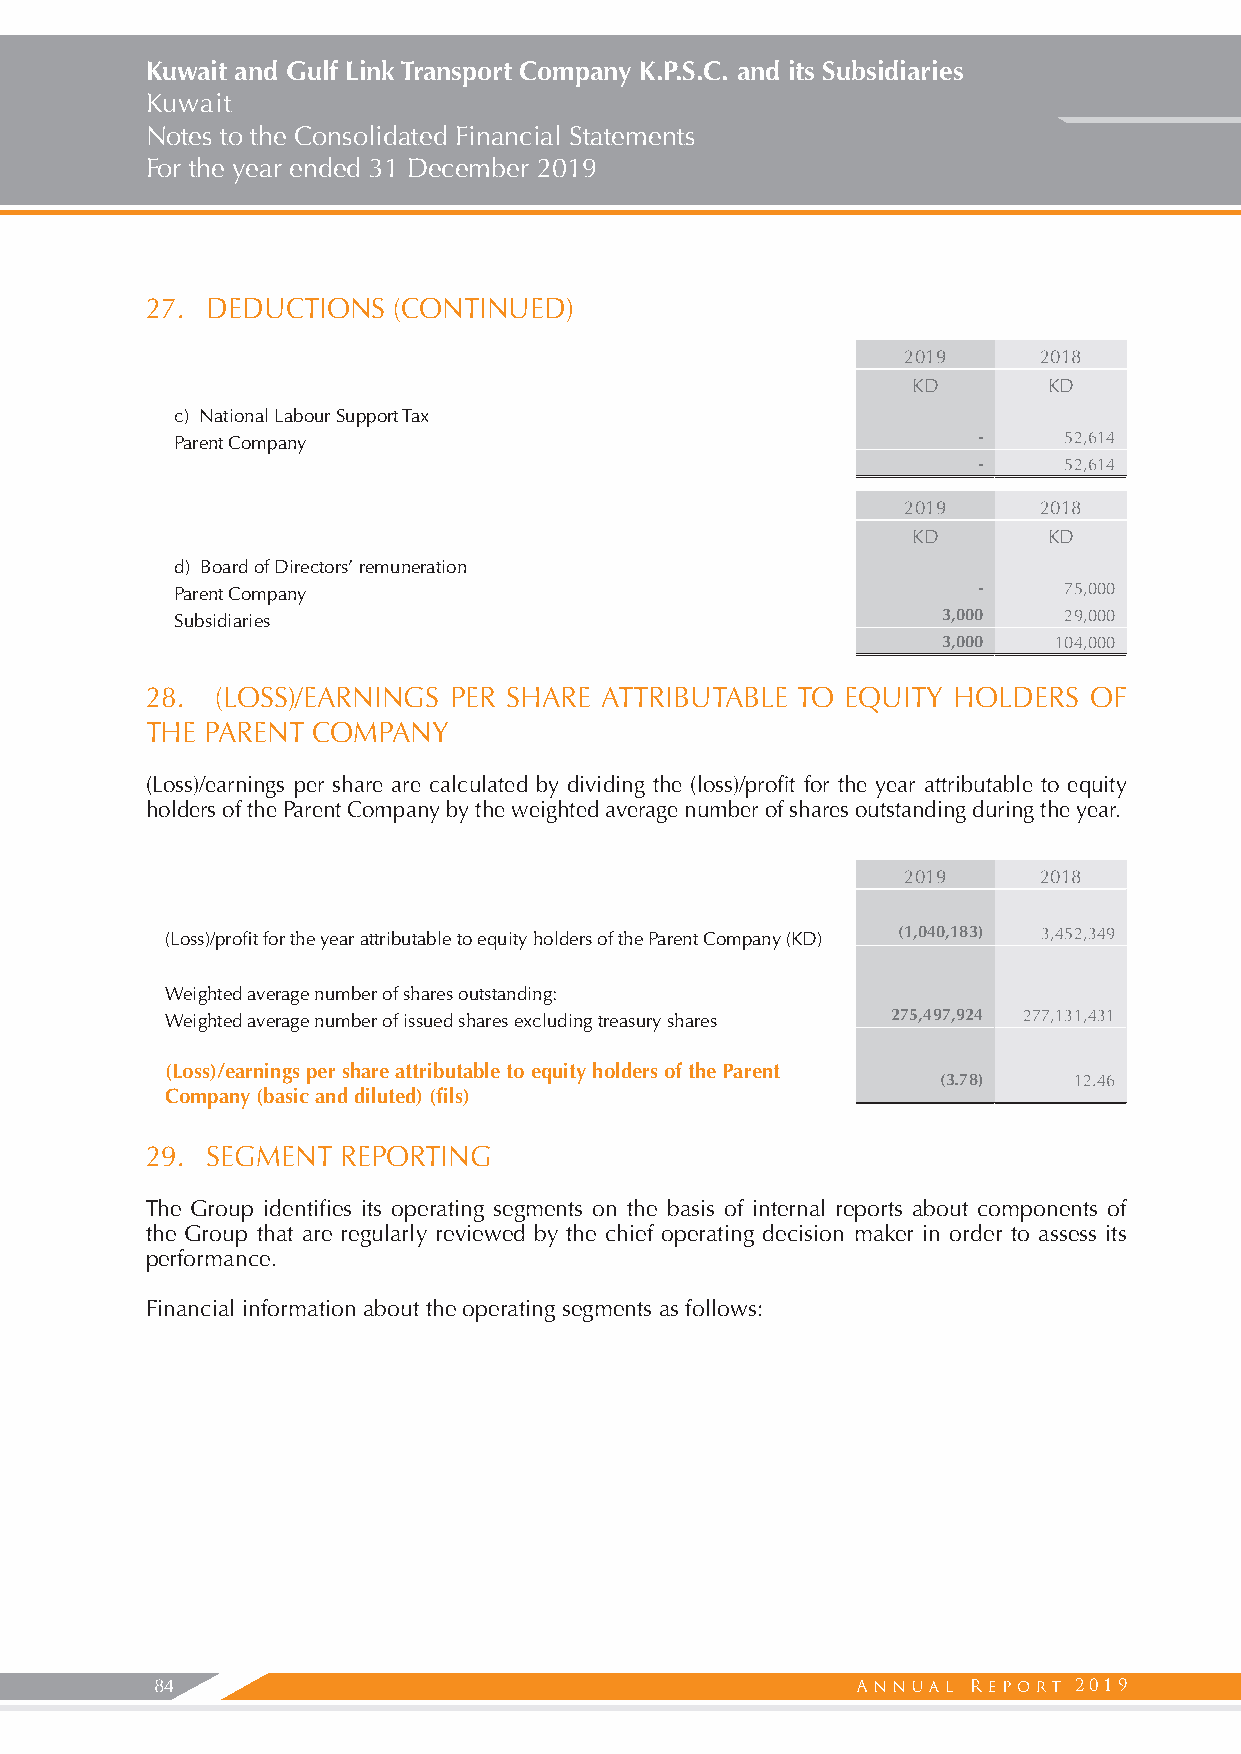
Kuwait and Gulf Link Transport Company K.P.S.C. and its Subsidiaries
 Kuwait
 Notes to the Consolidated Financial Statements
 For the year ended 31 December 2019
 27. DEDUCTIONS  (CONTINUED)
 2019     2018
 KD       KD
 c) National Labour Support Tax
 Parent Company                                       -    52,614
 -    52,614
 2019     2018
 KD       KD
 d) Board of Directors’ remuneration
 Parent Company                                       -    75,000
 Subsidiaries                                      3,000   29,000
 3,000   104,000
 28. (LOSS)/EARNINGS PER SHARE ATTRIBUTABLE TO EQUITY HOLDERS  OF
 THE PARENT COMPANY
 (Loss)/earnings per share are calculated by dividing the (loss)/profit for the year attributable to equity
 holders of the Parent Company by the weighted average number of shares outstanding during the year.
 2019     2018
 (Loss)/profit for the year attributable to equity holders of the Parent Company (KD) (1,040,183) 3,452,349
 Weighted average number of shares outstanding:
 Weighted average number of issued shares excluding treasury shares 275,497,924 277,131,431
 (Loss)/earnings per share attributable to equity holders of the Parent
 (3.78)   12.46
 Company (basic and diluted) (fils)
 29. SEGMENT REPORTING
 The Group identifies its operating segments on the basis of internal reports about components of
 the Group that are regularly reviewed by the chief operating decision maker in order to assess its
 performance.
 Financial information about the operating segments as follows:
 84                                                           2019